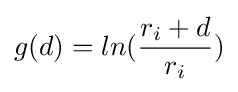
g(d)=ln({\frac {r_{i}+d}{r_{i}}})